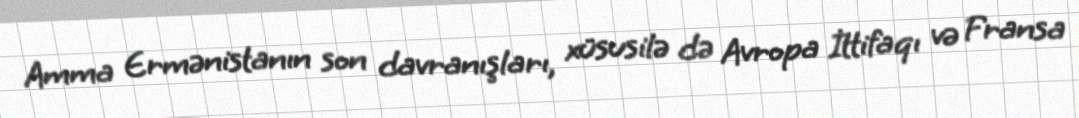
Amma Ermənistanın son davranışları, xüsusilə də Avropa İttifaqı və Fransa